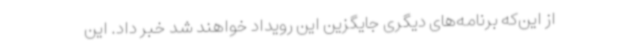
از این‌که برنامه‌های دیگری جایگزین این رویداد خواهند شد خبر داد. این